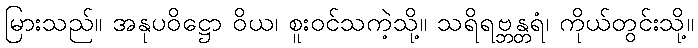
မြားသည်။ အနုပဝိဋ္ဌော ဝိယ၊ စူးဝင်သကဲ့သို့။ သရိရဗ္ဘန္တရံ၊ ကိုယ်တွင်းသို့။